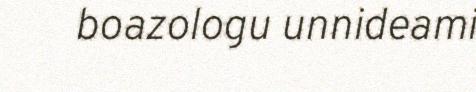
boazologu unnideami